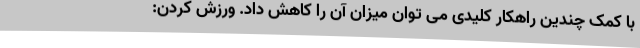
با کمک چندین راهکار کلیدی می توان میزان آن را کاهش داد. ورزش کردن: